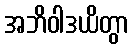
အဘိဝါဒယိတွာ